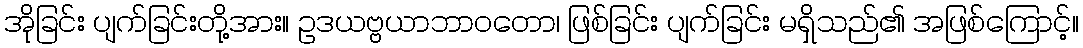
အိုခြင်း ပျက်ခြင်းတို့အား။ ဥဒယဗ္ဗယာဘာဝတော၊ ဖြစ်ခြင်း ပျက်ခြင်း မရှိသည်၏ အဖြစ်ကြောင့်။